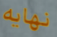
نهايه